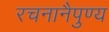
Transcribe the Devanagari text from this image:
रचनानैपुण्य